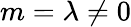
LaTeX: m=\lambda\neq 0